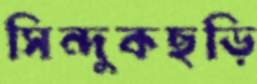
সিন্দুকছড়ি